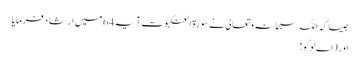
جیسا کہ اللہ سبحانہ و تعالی نے سورۃ العنکبوت آیہ 64 میں ارشاد فرمایا
اور (اے لوگو!